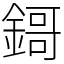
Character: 鎶